Bombay plague: being a history of the progress of plague in the Bombay presidency from September 1896 to June 1899
Year: 1896
Disease focus: Plague
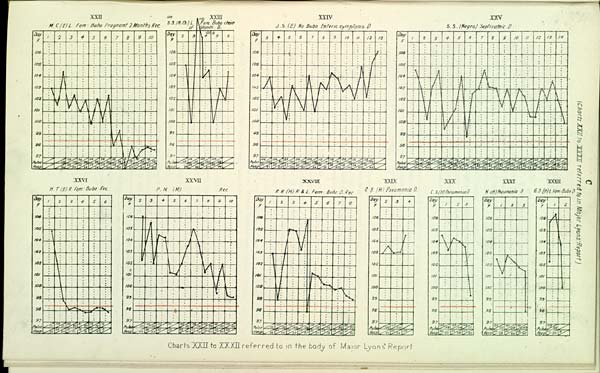
C
Charts X
XXII
M. C (E) L. Fem. Bubo Pregnant 2 Months Rec.
100
110
XXIII
S.S. (N.Ch:) L Fem. Bubo chain
of Glands. D.
XXIV
J.S.(E) No Budo Enteric symptoms. D
XXV
S.S. (Negra) Septicatric. D
XXVI
H.T. (E) R. Fem. Bubo Rec.
XXVII
P.N. (M) Rec.
XXVIII
R.R. (H) R & L. Fem. Bubo. D. Rec
XXIX
R.B. (H) Pneumonia D.
XXXI
C.S. (H) Pneumonia D
XXXI
N.(H) Pneumonia D
XXXII
G.D. (H) L. Fem: Bubo D
Charts XXII to XXXII referred to in the body of Major Lyons' Report